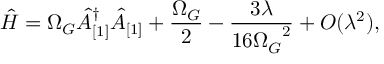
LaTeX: \hat { H } = \Omega _ { G } \hat { A } _ { [ 1 ] } ^ { \dagger } \hat { A } _ { [ 1 ] } + \frac { \Omega _ { G } } { 2 } - \frac { 3 \lambda } { 1 6 { \Omega _ { G } } ^ { 2 } } + { \cal O } ( \lambda ^ { 2 } ) ,